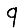
Digit: 9